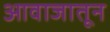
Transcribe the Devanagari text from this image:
आवाजातून